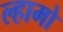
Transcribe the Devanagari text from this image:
ल्हामो